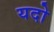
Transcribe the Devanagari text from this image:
यदो